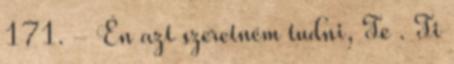
171. - Én azt szeretném tudni, Te . Ti